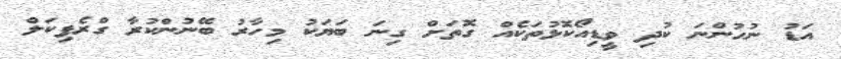
އަޑު ނުހުންނަ ކުދި ވީޑިއޯކޮޅުތަކެއް ގޮތަށް ގިނަ ބަޔަކު މިހާރު ބޭނުންކުރާ ގްރެފިކަލް